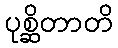
ပုစ္ဆိတာတိ